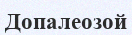
Допалеозой